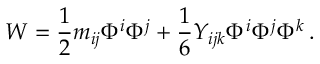
W = \frac { 1 } { 2 } m _ { i j } \Phi ^ { i } \Phi ^ { j } + \frac { 1 } { 6 } Y _ { i j k } \Phi ^ { i } \Phi ^ { j } \Phi ^ { k } \, .